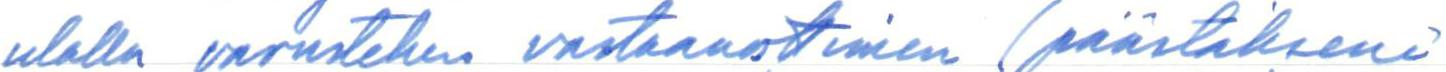
ulalla varustetun vastaanottimen (päästäkseni